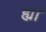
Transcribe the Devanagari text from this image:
ह्यां